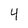
Character: 4